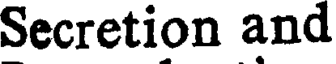
Secretion and